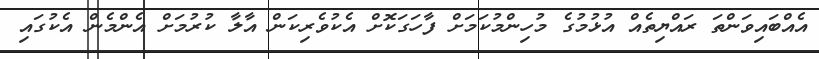
އެއްބައިވަންތަ ރައްޔިތެއް އުޅުމުގެ މުހިންމުކަމަށް ފާހަގަކޮށް އެކުވެރިކަން އާލާ ކުރުމަށް އެންމެން އެކުގައި